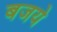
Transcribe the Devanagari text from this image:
बजये